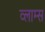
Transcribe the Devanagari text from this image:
व्लाम्स